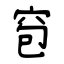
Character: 窇